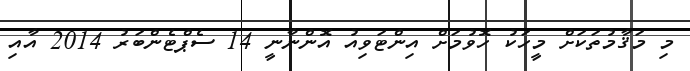
މި މަޤާމުތަކަށް މީހަކު ހޮވުމަށް އިންޓަވިއު އޮންނާނީ 14 ސެޕްޓެންބަރު 2014 އާއި